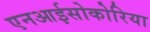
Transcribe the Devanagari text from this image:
एनआईसोकोरिया